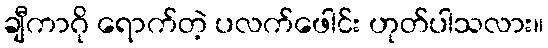
ချီကာဂို ရောက်တဲ့ ပလက်ဖေါင်း ဟုတ်ပါသလား။